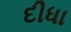
દીધા